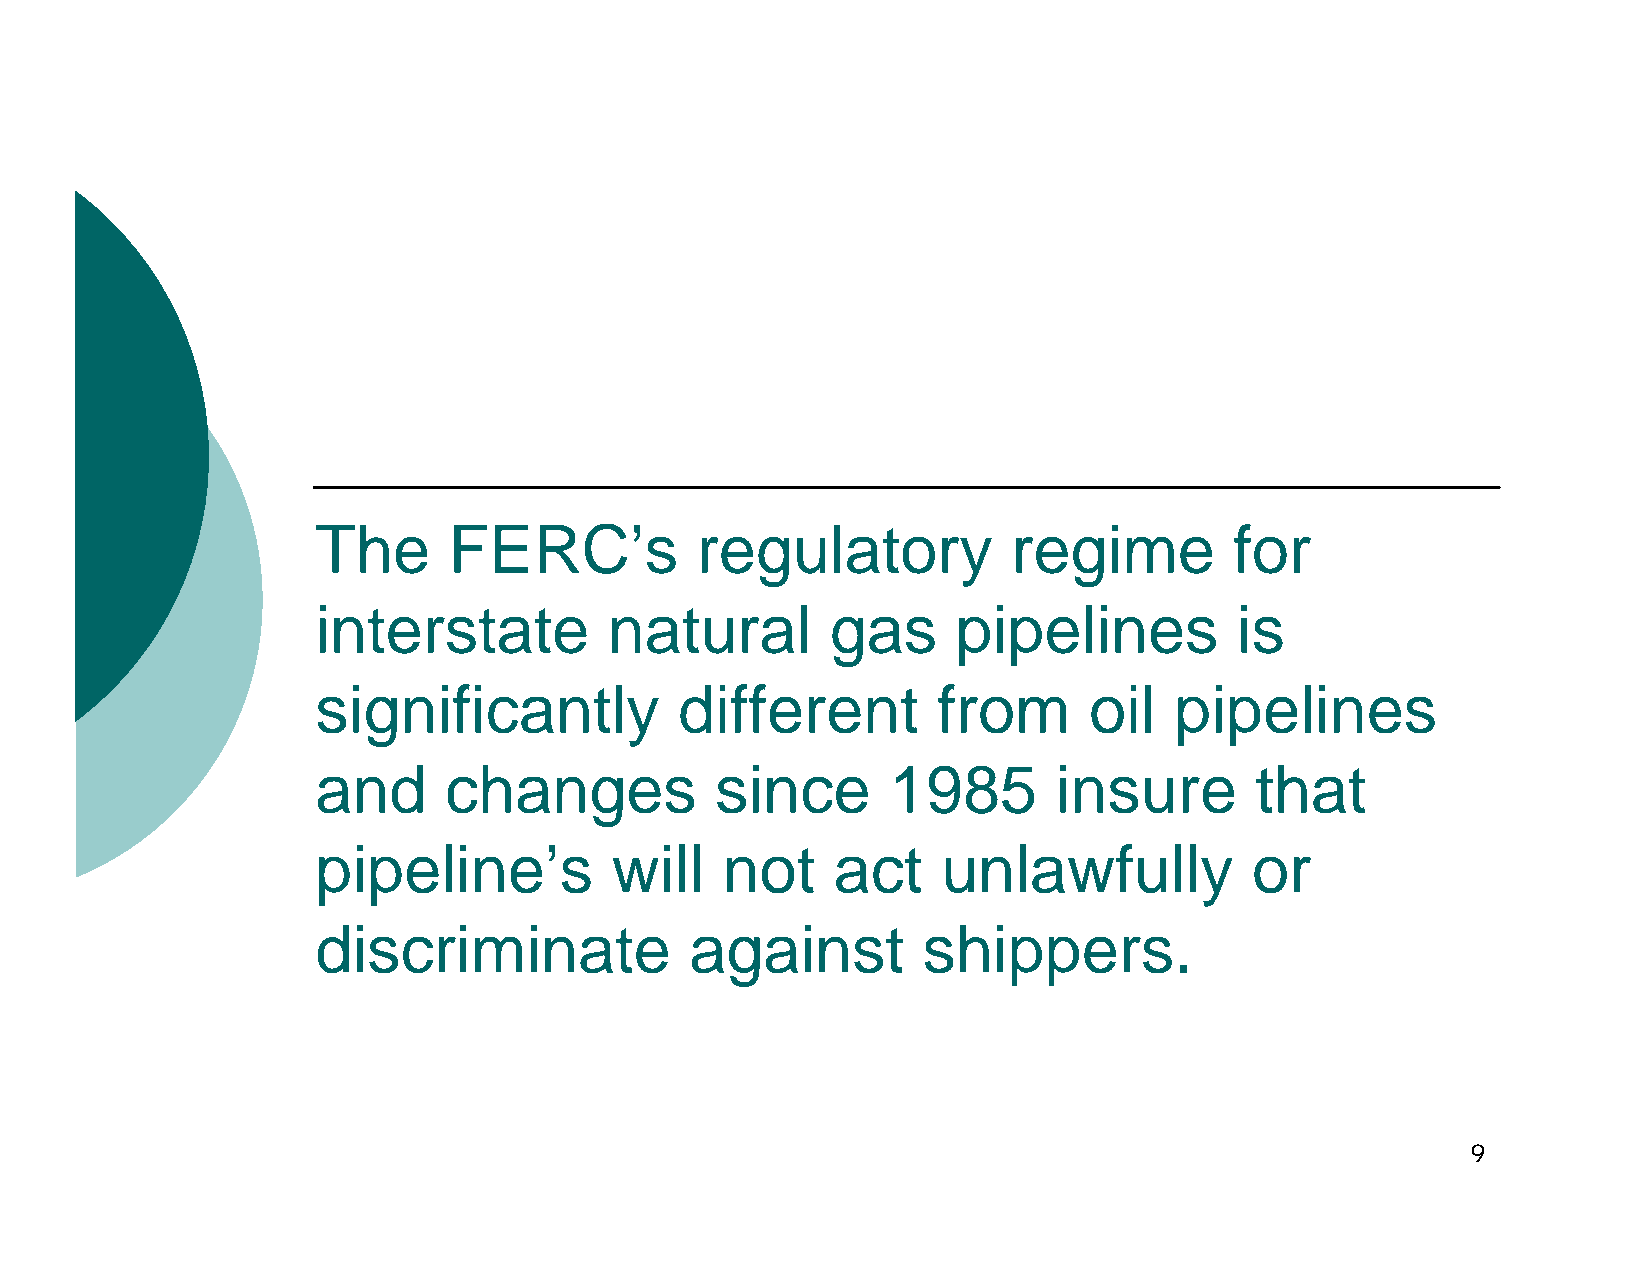
The      FERC’s          regulatory           regime         for
 interstate         natural        gas     pipelines          is
 significantly           different        from      oil   pipelines
 and     changes           since       1985       insure       that
 pipeline’s         will    not    act    unlawfully           or
 discriminate             against        shippers.
 9